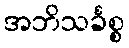
အဘိသင်္ခစ္စ